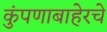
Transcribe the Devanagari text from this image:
कुंपणाबाहेरचे